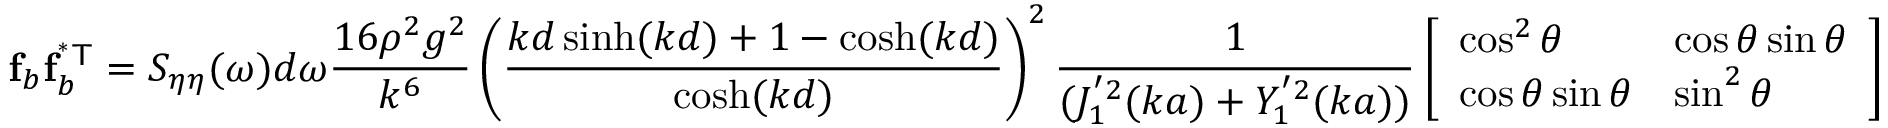
\mathbf { f } _ { b } \mathbf { f } _ { b } ^ { \mathsf { ^ { * } T } } = S _ { \eta \eta } ( \omega ) d \omega \frac { 1 6 \rho ^ { 2 } g ^ { 2 } } { k ^ { 6 } } \left( \frac { k d \sinh ( k d ) + 1 - \cosh ( k d ) } { \cosh ( k d ) } \right) ^ { 2 } \frac { 1 } { ( J _ { 1 } ^ { ' 2 } ( k a ) + Y _ { 1 } ^ { ' 2 } ( k a ) ) } \left[ \begin{array} { l l } { \cos ^ { 2 } \theta } & { \cos \theta \sin \theta } \\ { \cos \theta \sin \theta } & { \sin ^ { 2 } \theta } \end{array} \right]